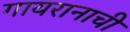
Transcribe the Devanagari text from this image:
गायरानाची